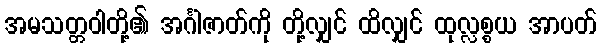
အမသတ္တဝါတို့၏ အင်္ဂါဇာတ်ကို တို့လျှင် ထိလျှင် ထုလ္လစ္စယ အာပတ်